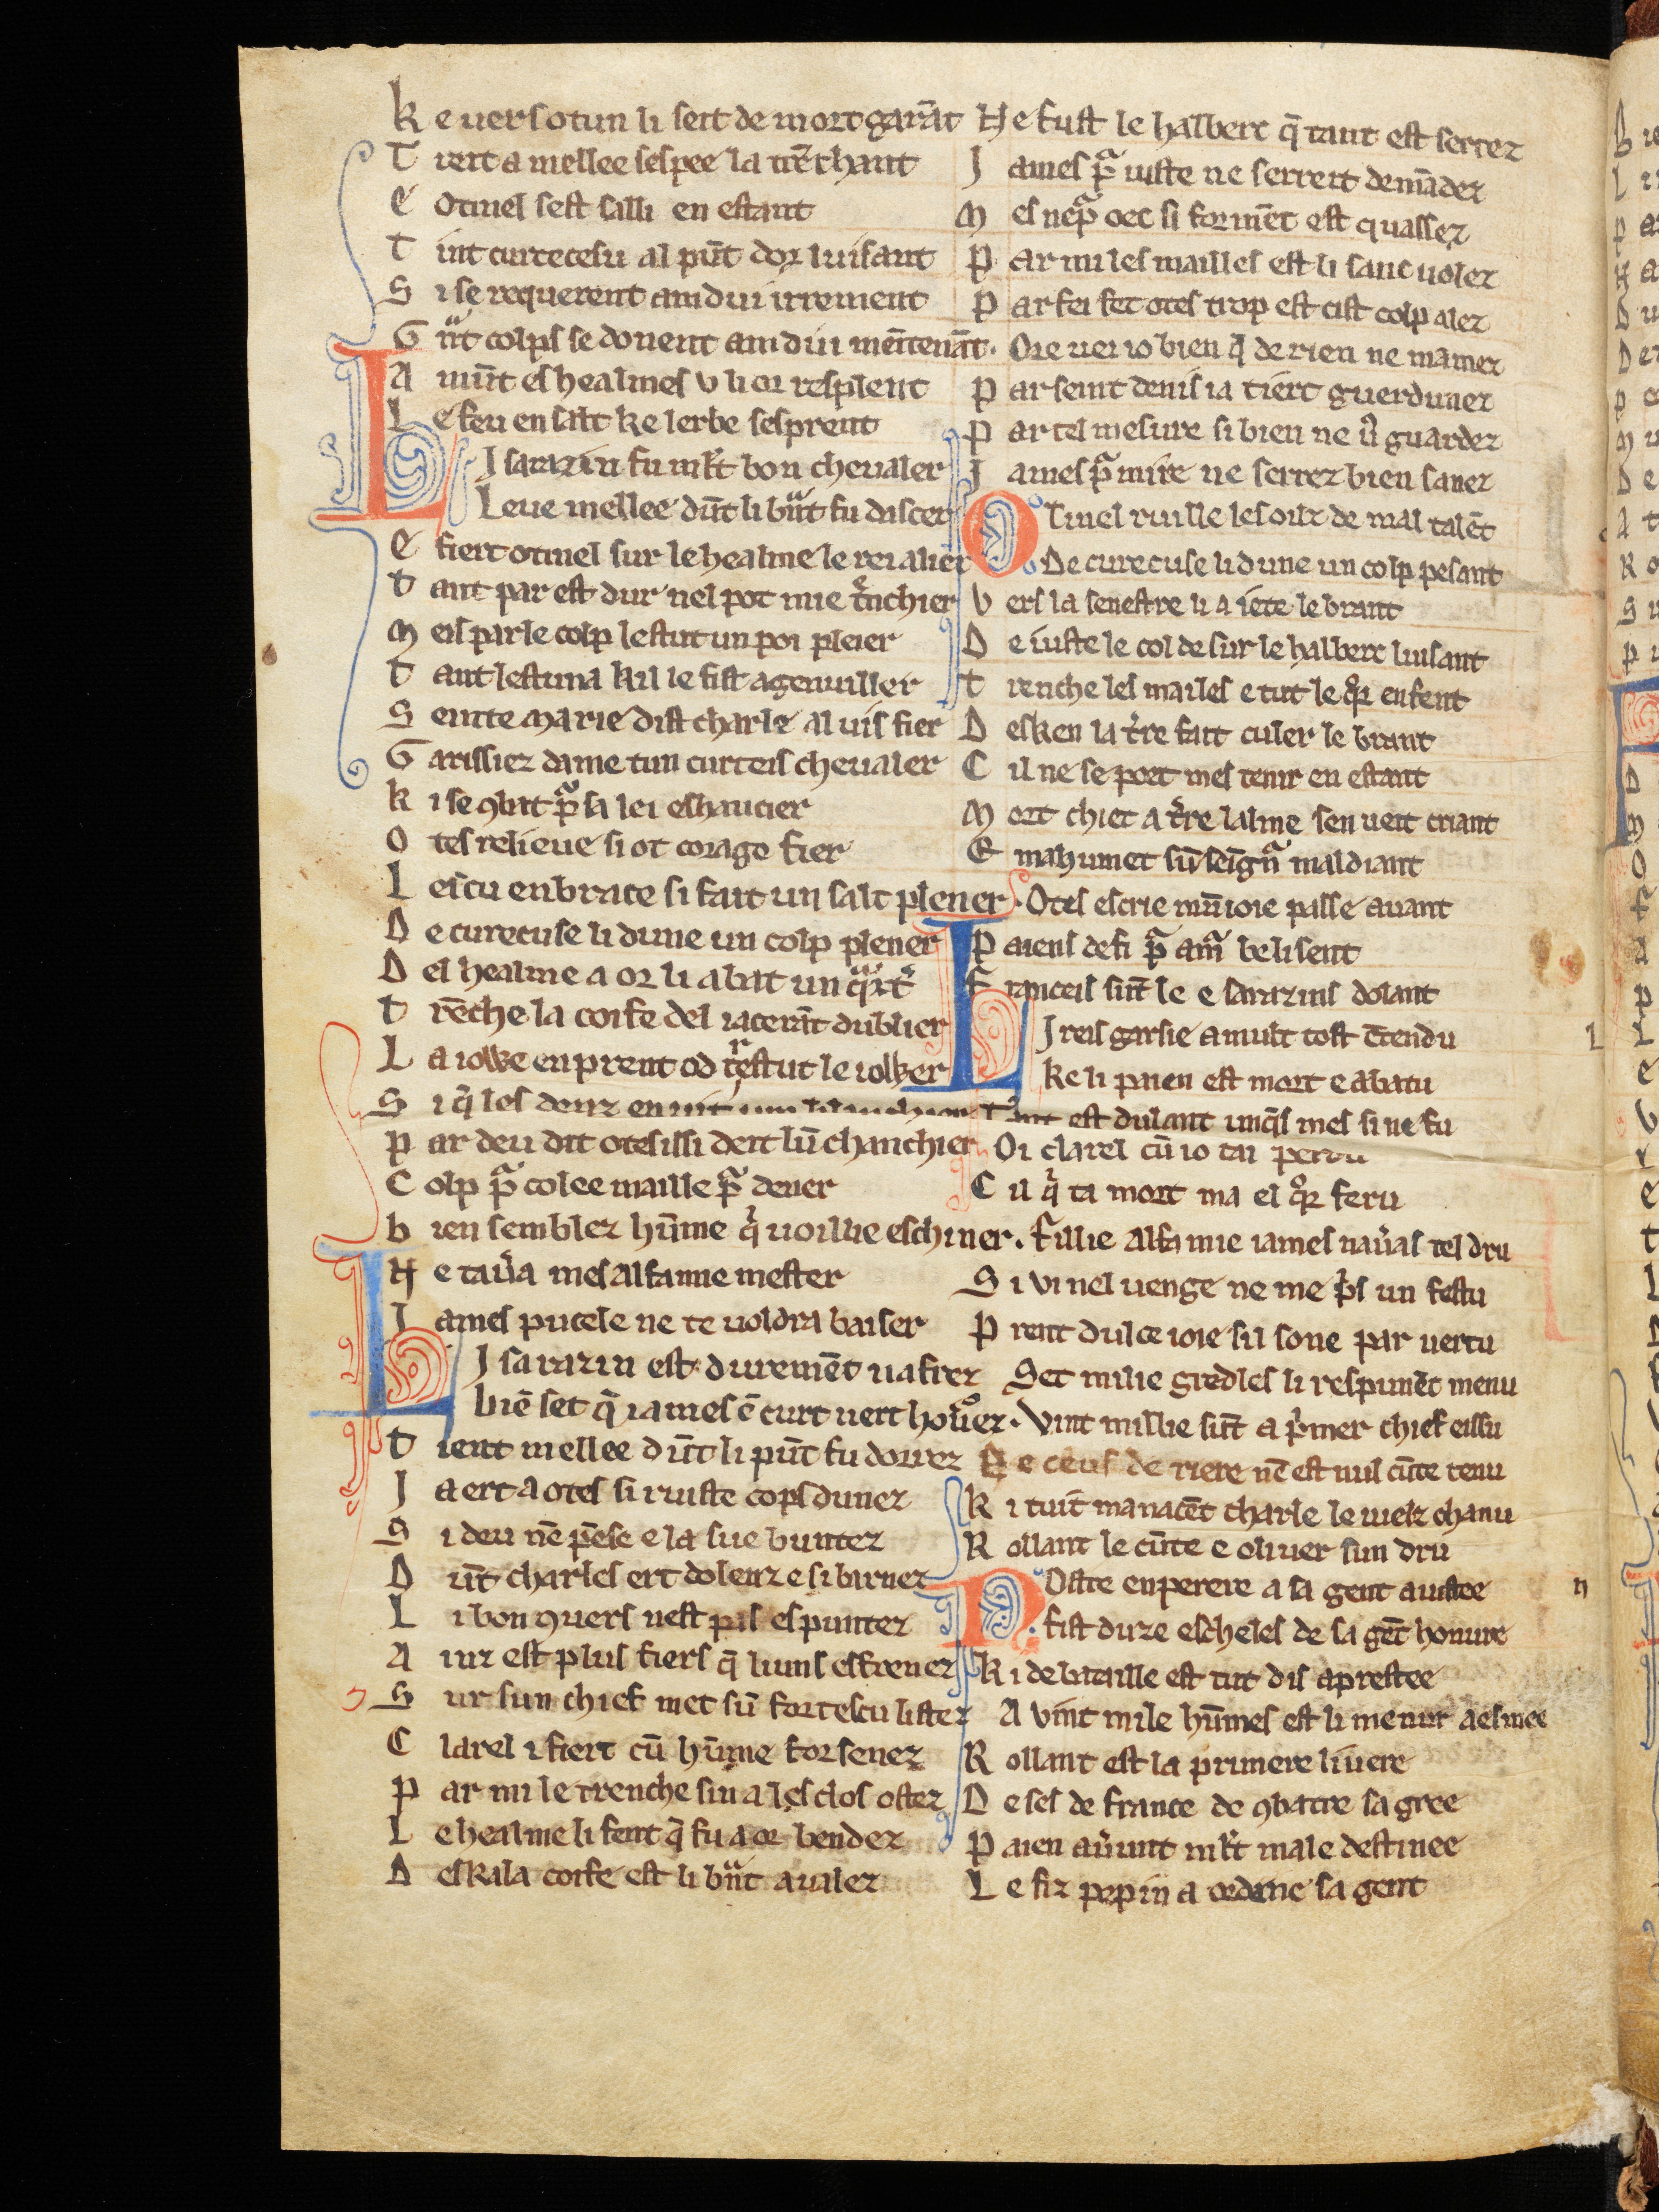
Shelfmark: Cologne, Bodmer, 168
Century: 13